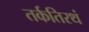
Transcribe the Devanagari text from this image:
तर्कतिरथं